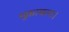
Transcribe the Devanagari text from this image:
मुक़ाबला।